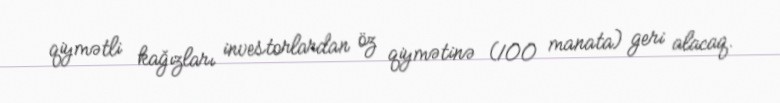
qiymətli kağızları investorlardan öz qiymətinə (100 manata) geri alacaq.